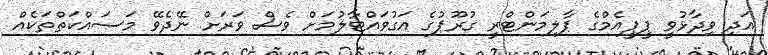
އަދި ވިދާޅުވީ ޕީޕީއެމްގެ ޕާލިމަންޓްރީ ގުރޫޕުގެ އަގުވައްޓާލުމަށް ވެސް ވަރަށް ނޭދެވޭ މަސައްކަތްތަކެއް